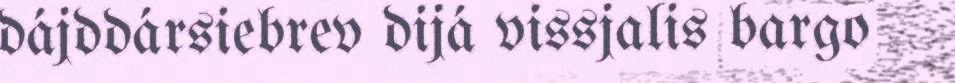
dájddársiebrev dijá vissjalis bargo